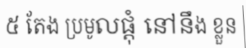
៥ តែង ប្រមូលផ្តុំ នៅនឹង ខ្លួន